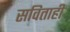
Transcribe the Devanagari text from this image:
सविताही